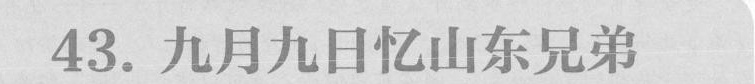
43.九月九日忆山东兄弟